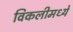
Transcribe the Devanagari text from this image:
विकलीमध्ये